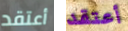
أعتقد أعتقد